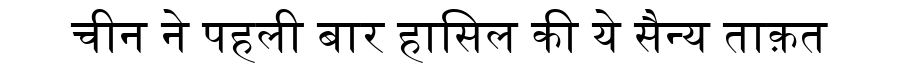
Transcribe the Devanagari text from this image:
चीन ने पहली बार हासिल की ये सैन्य ताक़त